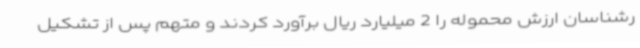
رشناسان ارزش محموله را 2 میلیارد ریال برآورد کردند و متهم پس از تشکیل